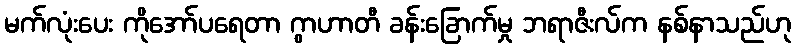
မက်လုံးပေး ကိုအော်ပရေတာ ဂွာဟာတီ ခန်းခြောက်မှု ဘရာဇီးလ်က နစ်နာသည်ဟု